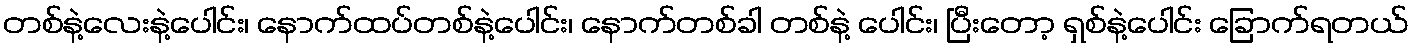
တစ်နဲ့လေးနဲ့ပေါင်း၊ နောက်ထပ်တစ်နဲ့ပေါင်း၊ နောက်တစ်ခါ တစ်နဲ့ ပေါင်း၊ ပြီးတော့ ရှစ်နဲ့ပေါင်း ခြောက်ရတယ်